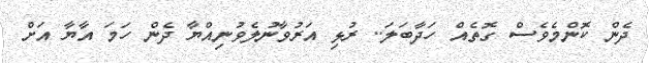
ދެން ކޮންމެވެސް ގޮތެއް ހަދާބަލަ.. ރުޅި އަރުވާނުލެވުނިއްޔާ ދެން ހަމަ އާޔާ އަށް